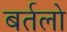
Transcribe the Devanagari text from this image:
बर्तलो